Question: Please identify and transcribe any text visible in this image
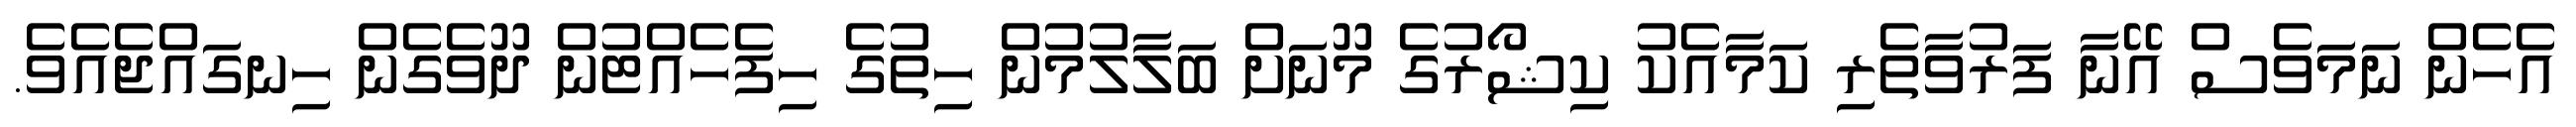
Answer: އެހެން ނަމަވެސް އޭނާ ފަރުވާތެރި ކަމާއެކު ކިޝޯރުގެ މޫނަށް ބަލާލުމުން ހިތުގެ ހިފެހެއްޓުން ދޫވެގެން ހިނގައްޖެއެވެ.